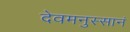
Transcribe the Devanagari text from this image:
देवमनुस्सानं